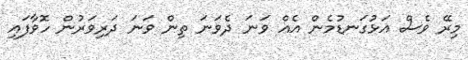
މިރޭ ވެސް އަޅުގަނޑުމެން އެއް ވަނަ ދެވަނަ ތިން ވަނަ ދަރިވަރުން ހޮވާފައި